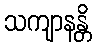
သကျာနန္တိ